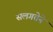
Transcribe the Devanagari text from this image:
सलगतेने